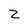
Character: Z